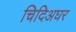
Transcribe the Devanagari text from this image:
चिदिअघर